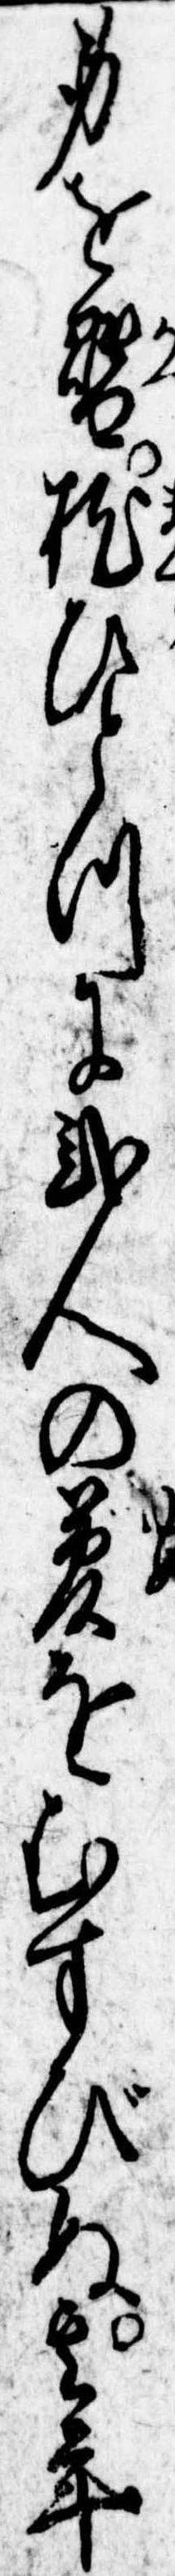
身を替枕ひとつに弐人の夢をむすびぬ其年